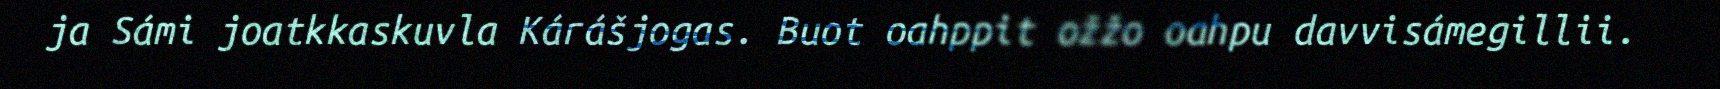
ja Sámi joatkkaskuvla Kárášjogas. Buot oahppit ožžo oahpu davvisámegillii.